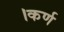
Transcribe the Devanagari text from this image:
।कर्ण